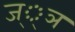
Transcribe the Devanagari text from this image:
ज््ञ